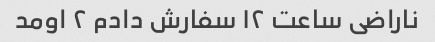
ناراضی ساعت ۱۲ سفارش دادم ۲ اومد